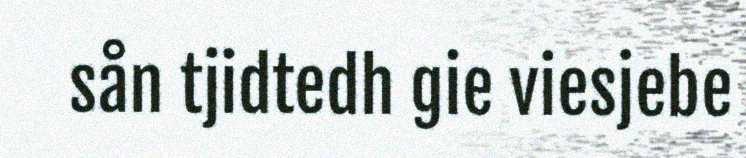
sån tjidtedh gie viesjebe